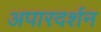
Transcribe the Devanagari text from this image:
अपारदर्शन